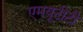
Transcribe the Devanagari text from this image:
एमयूटीटी